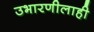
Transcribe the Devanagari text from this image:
उभारणीलाही